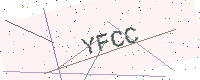
Text: YFCC